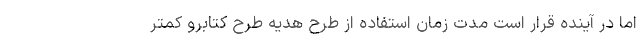
اما در آینده قرار است مدت زمان استفاده از طرح هدیه طرح کتابرو کمتر